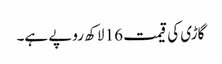
گاڑی کی قیمت 16 لاکھ روپے ہے۔